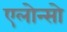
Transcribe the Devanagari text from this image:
एलोन्सो